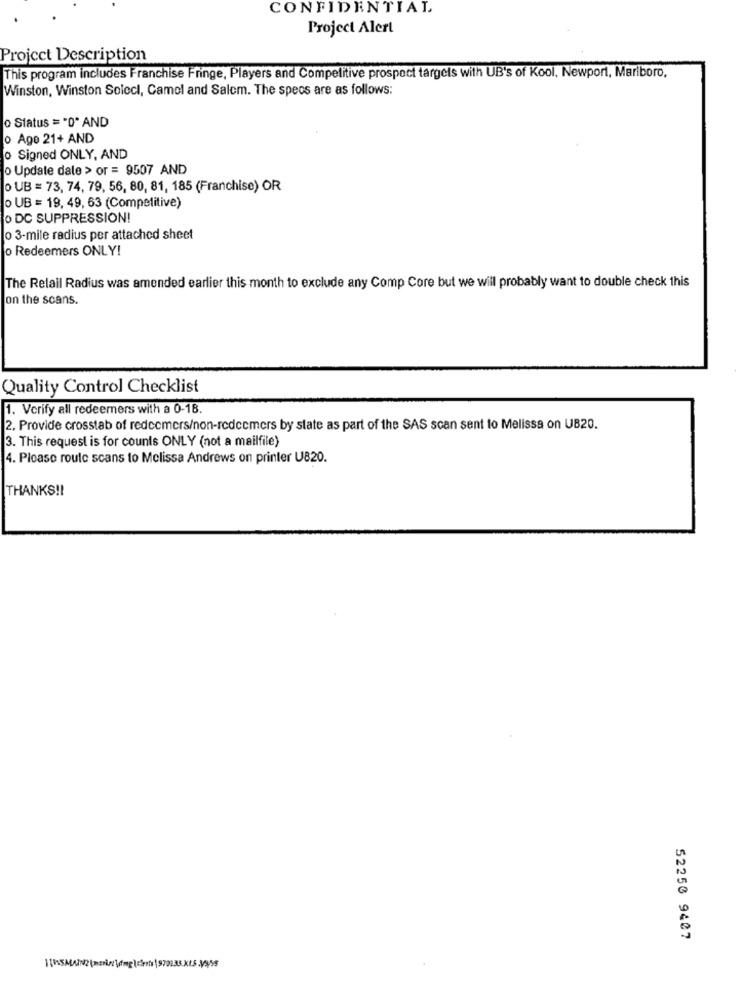
CONFIDENTIAL
Project Alert
Project Description
This program includes Franchise Fringe, Players and Competitive prospect targets with UB's of Kool, Newport, Marlboro,
Winston, Winston Solecl, Camel and Salem. The specs are as follows:
o Status = "0" AND
o Age 21+ AND
o Signed ONLY, AND
o Update dale > or = 9507 AND
o UB = 73, 74, 79, 56, 80, 81, 185 (Franchise) OR
o UB = 19, 49, 63 (Competitive)
o DC SUPPRESSION!
o 3-mile radius per attached sheet
o Redeemers ONLY!
The Retail Radius was amended earlier this month to exclude any Comp Core but we will probably want to double check this
on the scans.
Quality Control Checklist
1. Verify all redeemers with a 0-18.
2. Provide crosstab of redeemers/non-redeemers by state as part of the SAS scan sent to Melissa on UB20.
3. This request is for counts ONLY (not a mailfile)
4. Please route scans to Melissa Andrews on printer U820.
THANKS !!
52250 9407
1 (5MAIN2(mix/mg crn |979235.XLS .39/55